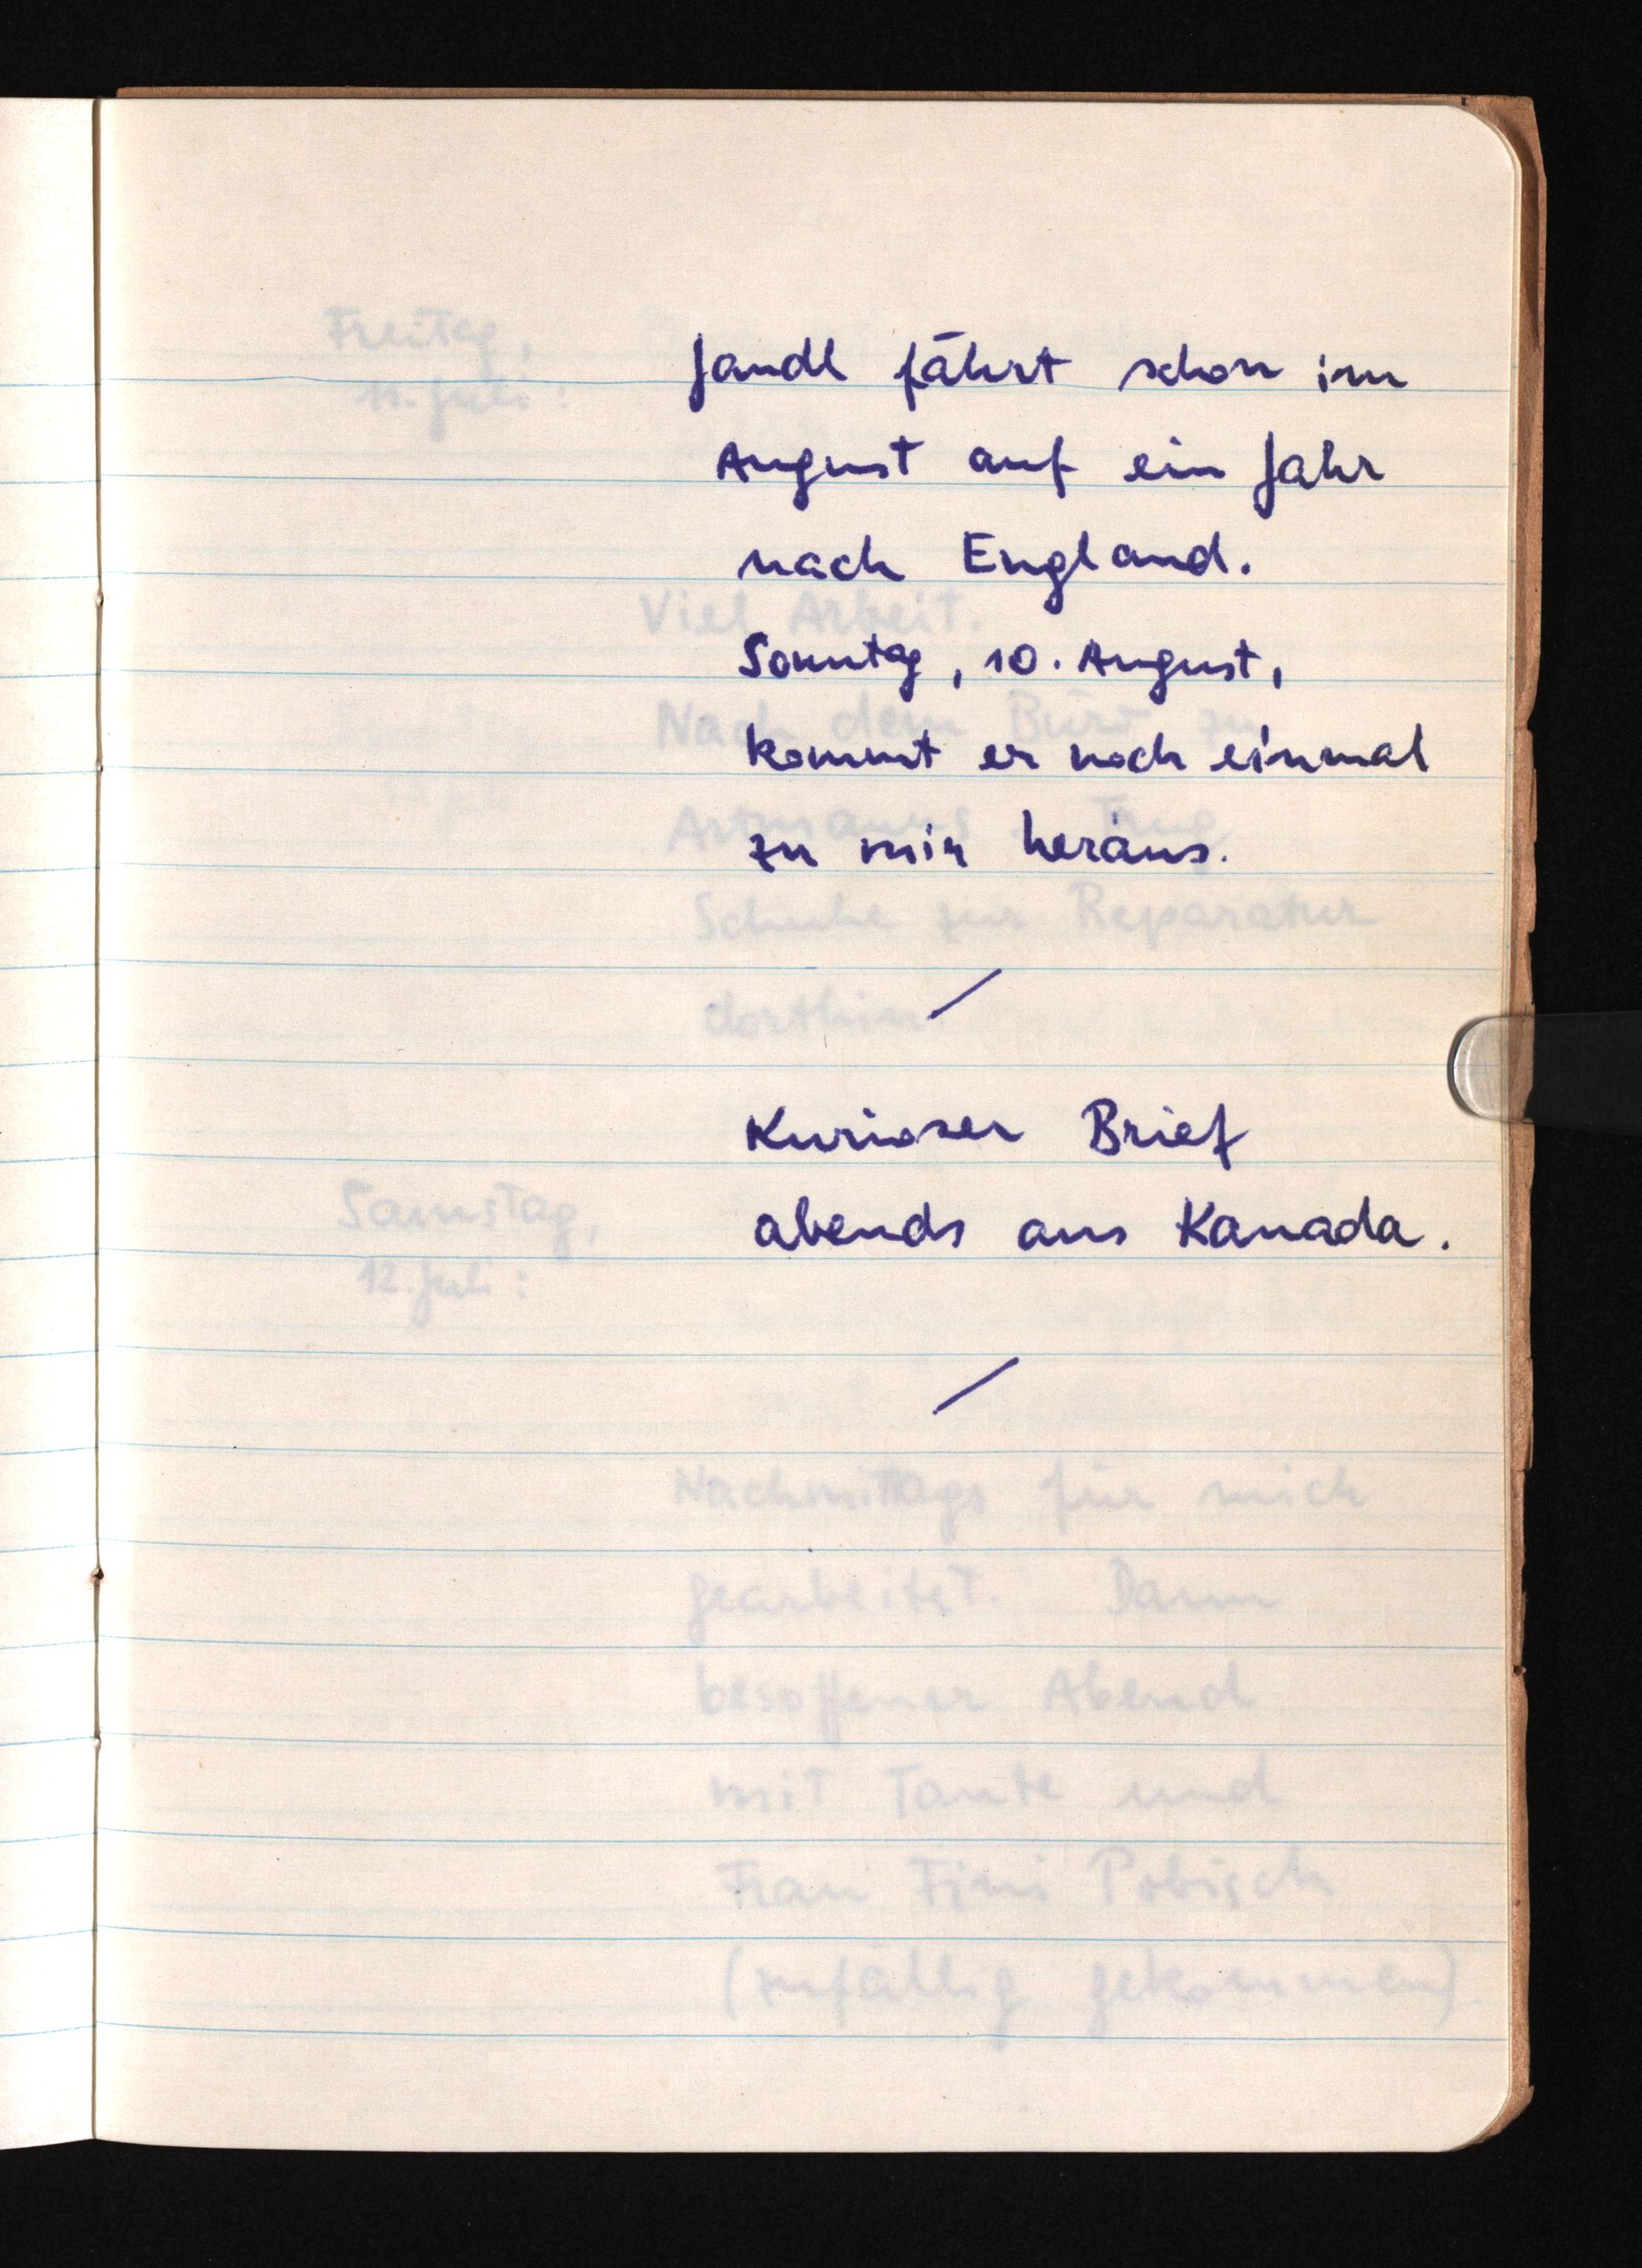
Jandl fährt schon im
August auf ein Jahr
nach England.
Sonntag, 10. August,
kommt er noch einmal
zu mir heraus.
Kurioser Brief
abends aus Kanada.